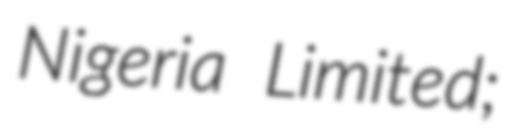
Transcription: Nigeria Limited;